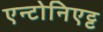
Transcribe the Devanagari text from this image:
एन्टोनिएट्ट